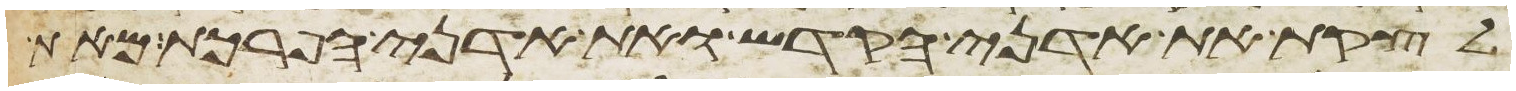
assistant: לקצת את אדני הקדש ואת אדני הפרכת מאת